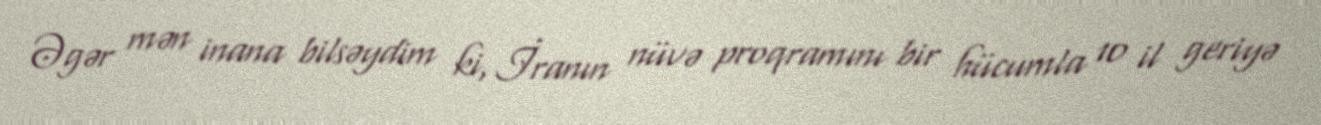
Əgər mən inana bilsəydim ki, İranın nüvə proqramını bir hücumla 10 il geriyə